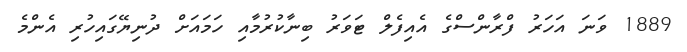
1889 ވަނަ އަހަރު ފްރާންސްގެ އެއިފެލް ޓަވަރު ބިނާކުރުމާއި ހަމައަށް ދުނިޔޭގައިހުރި އެންމެ